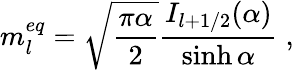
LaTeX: m_{l}^{eq}=\sqrt{\frac{\pi\alpha}{2}}\frac{I_{l+1/2}(\alpha)}{\sinh{\alpha}}\; ,